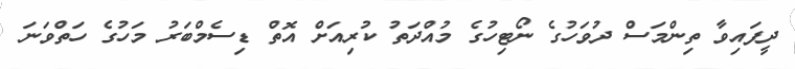
ދީފައިވާ ތިންމަސް ދުވަހުގެ ނޯޓިހުގެ މުއްދަތު ކުރިއަށް އޮތް ޑިސެމްބަރު މަހުގެ ހަތްވަނަ